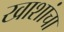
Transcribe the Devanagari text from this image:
खाशांचा